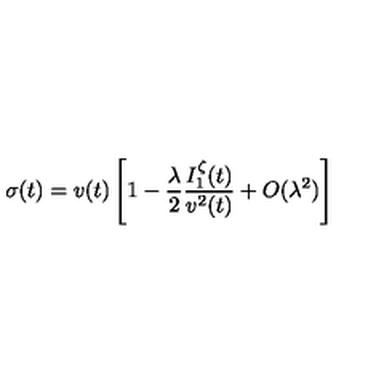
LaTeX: \sigma ( t ) = v ( t ) \left[ 1 - \frac { \lambda } { 2 } \frac { I _ { 1 } ^ { \zeta } ( t ) } { v ^ { 2 } ( t ) } + O ( \lambda ^ { 2 } ) \right]